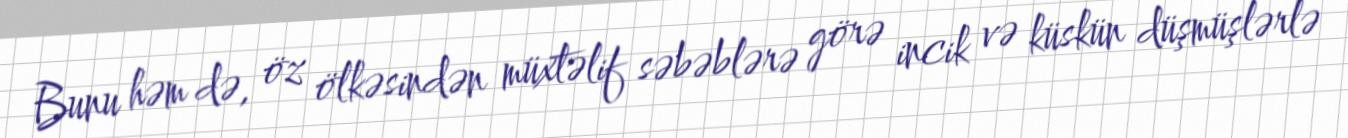
Bunu həm də, öz ölkəsindən müxtəlif səbəblərə görə incik və küskün düşmüşlərlə